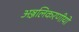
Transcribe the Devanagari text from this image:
अञ्जलिकरणीयो